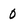
Character: 0